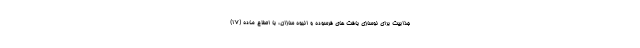
جذابیت برای نوسازی بافت های فرسوده و انبوه سازان، با اصلاح ماده (17)